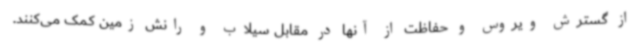
از گسترش ویروس و حفاظت از آنها در مقابل سیلاب و رانش زمین کمک می‌کنند.